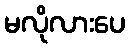
မလိုလားပေ